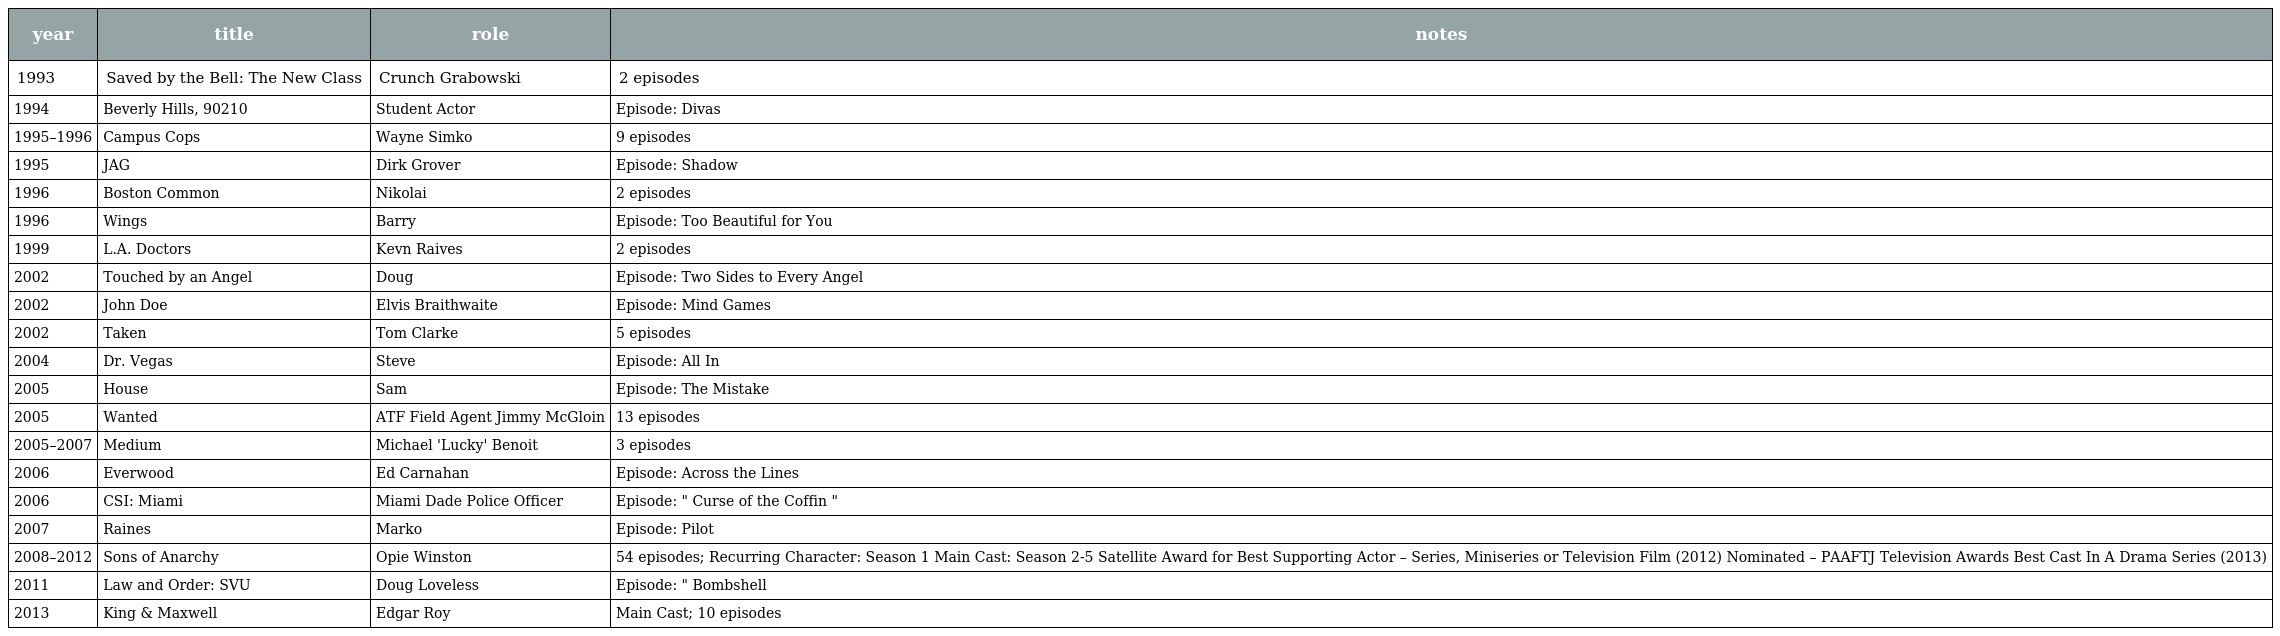
| year | title | role | notes |
 | --- | --- | --- | --- |
 | 1993 | Saved by the Bell: The New Class | Crunch Grabowski | 2 episodes |
 | 1994 | Beverly Hills, 90210 | Student Actor | Episode: Divas |
 | 1995–1996 | Campus Cops | Wayne Simko | 9 episodes |
 | 1995 | JAG | Dirk Grover | Episode: Shadow |
 | 1996 | Boston Common | Nikolai | 2 episodes |
 | 1996 | Wings | Barry | Episode: Too Beautiful for You |
 | 1999 | L.A. Doctors | Kevn Raives | 2 episodes |
 | 2002 | Touched by an Angel | Doug | Episode: Two Sides to Every Angel |
 | 2002 | John Doe | Elvis Braithwaite | Episode: Mind Games |
 | 2002 | Taken | Tom Clarke | 5 episodes |
 | 2004 | Dr. Vegas | Steve | Episode: All In |
 | 2005 | House | Sam | Episode: The Mistake |
 | 2005 | Wanted | ATF Field Agent Jimmy McGloin | 13 episodes |
 | 2005–2007 | Medium | Michael 'Lucky' Benoit | 3 episodes |
 | 2006 | Everwood | Ed Carnahan | Episode: Across the Lines |
 | 2006 | CSI: Miami | Miami Dade Police Officer | Episode: " Curse of the Coffin " |
 | 2007 | Raines | Marko | Episode: Pilot |
 | 2008–2012 | Sons of Anarchy | Opie Winston | 54 episodes; Recurring Character: Season 1 Main Cast: Season 2-5 Satellite Award for Best Supporting Actor – Series, Miniseries or Television Film (2012) Nominated – PAAFTJ Television Awards Best Cast In A Drama Series (2013) |
 | 2011 | Law and Order: SVU | Doug Loveless | Episode: " Bombshell |
 | 2013 | King & Maxwell | Edgar Roy | Main Cast; 10 episodes |